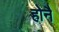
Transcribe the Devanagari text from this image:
होनै